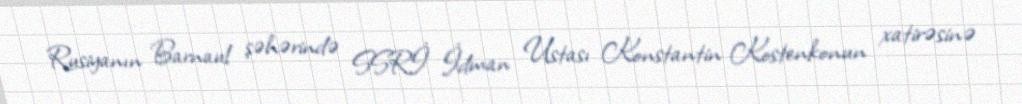
Rusiyanın Barnaul şəhərində SSRİ İdman Ustası Konstantin Kostenkonun xatirəsinə